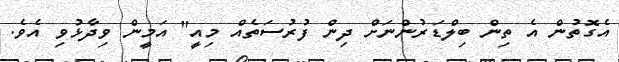
އެގޮތުން އެ ތިން ބިލްޑަރުންނަށް ދިން ފުރުސަތެއް މިއީ" އަމީން ވިދާޅުވި އެވެ.